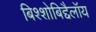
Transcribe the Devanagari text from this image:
बिश्शोबिद्दैलॉय